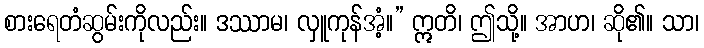
စားရေတံဆွမ်းကိုလည်း။ ဒဿာမ၊ လှူကုန်အံ့။” ဣတိ၊ ဤသို့။ အာဟ၊ ဆို၏။ သာ၊